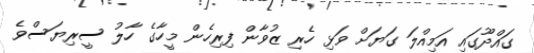
ގައްދޫގައި އަމިއްލަ ގަޔަށް ވަޅި ހެރި ޒުވާން ފިރިހެން މީހާގެ ހާލު ސީރިޔަސްވެ